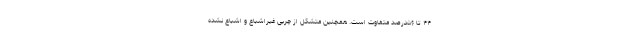
۴۴ تا ۵۶درصد متفاوت است. همچنین متشکل از چربی غیراشباع و اشباع نشده